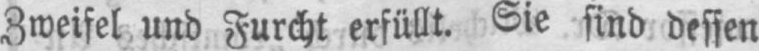
Zweifel und Furcht erfüllt. Sie sind dessen